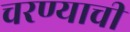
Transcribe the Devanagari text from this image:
चरण्याची